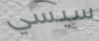
سيسي